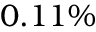
0 . 1 1 \%